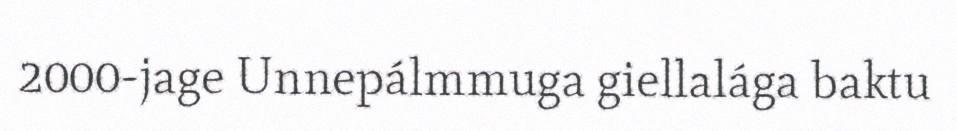
2000-jage Unnepálmmuga giellalága baktu